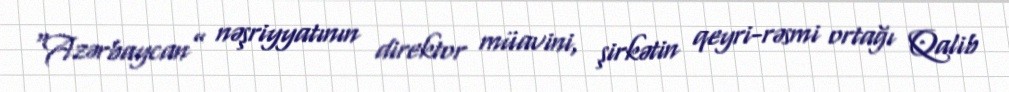
“Azərbaycan” nəşriyyatının direktor müavini, şirkətin qeyri-rəsmi ortağı Qalib